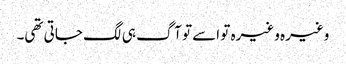
وغیرہ وغیرہ تو اسے تو آگ ہی لگ جاتی تھی۔